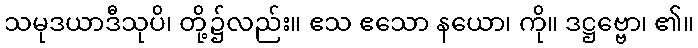
သမုဒယာဒီသုပိ၊ တို့၌လည်း။ ဧသ ဧသော နယော၊ ကို။ ဒဋ္ဌဗ္ဗော၊ ၏။